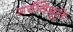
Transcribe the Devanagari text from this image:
सर्वविभूतेः